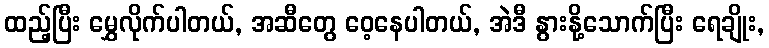
ထည့်ပြီး မွှေလိုက်ပါတယ်, အဆီတွေ ဝေ့နေပါတယ်, အဲဒီ နွားနို့သောက်ပြီး ရေချိုး,